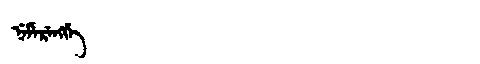
Manchu: ᠨᡝᠮᡝᡵᡝᠩᡤᡝ
Romanization: NEMERENGGE